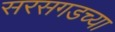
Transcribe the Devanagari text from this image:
सरसगडच्या